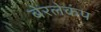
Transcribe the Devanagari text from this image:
बेरलेकंप